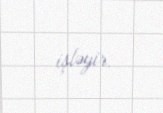
işləyir.